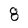
Character: 8